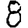
Digit: 8